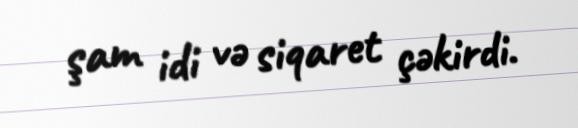
şam idi və siqaret çəkirdi.